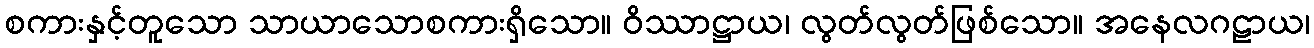
စကားနှင့်တူသော သာယာသောစကားရှိသော။ ဝိဿာဋ္ဌာယ၊ လွတ်လွတ်ဖြစ်သော။ အနေလဂဠာယ၊